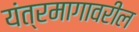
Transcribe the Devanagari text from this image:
यंत्रमागावरील